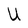
Character: U